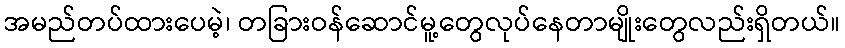
အမည်တပ်ထားပေမဲ့၊ တခြားဝန်ဆောင်မူ့တွေလုပ်နေတာမျိုးတွေလည်းရှိတယ်။